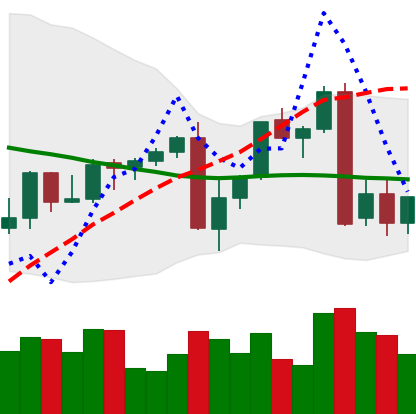
Ticker: XMR-USD
Chart end date: 2022-09-16
Forward return: -9.238%
Label: down_7plus